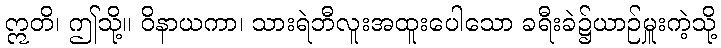
ဣတိ၊ ဤသို့။ ဝိနာယကာ၊ သားရဲဘီလူးအထူးပေါသော ခရီးခဲ၌ယာဉ်မှူးကဲ့သို့